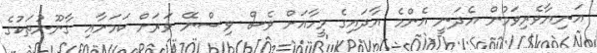
އަނިޔާވެރިވަމުން އެދަނީ އެންމެ އާދައިގެ މީހާއަށް ވެސް ވިސްނޭ ވަރަށް ކަމަށާއި ގާނޫނުތަކުގެ